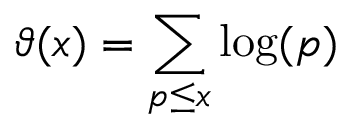
\vartheta ( x ) = \sum _ { p \leq x } { \log ( p ) }